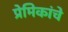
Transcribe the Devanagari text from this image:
प्रेमिकांचे